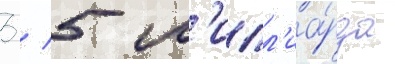
3 / 5 м'илл'иа́рда